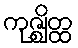
ကုဇ္ဈိတ္ထ